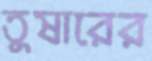
তুষারের